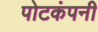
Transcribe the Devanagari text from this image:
पोटकंपनी